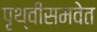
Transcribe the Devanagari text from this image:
पृथ्वीसमवेत